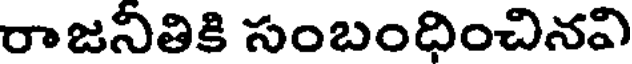
రాజనితికి సంబంధించినవి